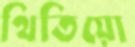
থিতিয়ো